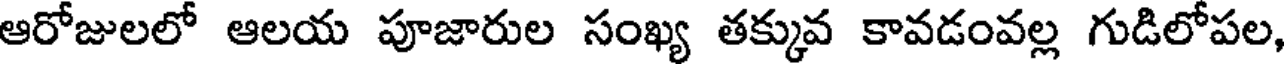
ఆరోజులలో ఆలయ పూజారుల సంఖ్య తక్కువ కావడంవల్ల గుడిలోపల,